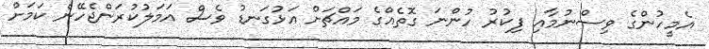
އެމީހުންގެ ވިސްނުމާއި ފިކުރު ހުންނަ ގޮތެއްގެ މައްޗަށް އަޅުގަނޑު ވެސް އަމަލުކުރަންޖެހޭނެ ކަމަށް